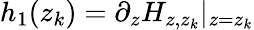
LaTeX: h_{1}(z_{k})=\partial_{z}H_{z,z_{k}}|_{z=z_{k}}